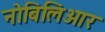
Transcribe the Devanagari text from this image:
नोबिलिओर